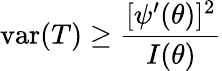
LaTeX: \operatorname{var}(T)\geq{\frac{[\psi^{\prime}(\theta)]^{2}}{I(\theta)}}